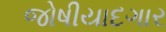
જોષીયાદગાર